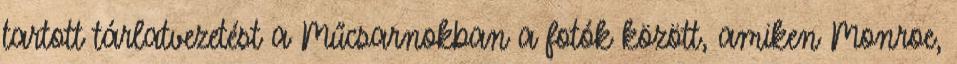
tartott tárlatvezetést a Műcsarnokban a fotók között, amiken Monroe,